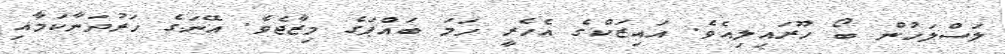
ލަސްލަހުން ބޯ ހޫރައިލިއެވެ. އައިޒަކްގެ އެހެރީ ހަމަ ބައްޕަގެ މިޒާޖެވެ. އޭނަގެ ހަރުދަނާކަމާއި